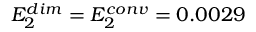
E _ { 2 } ^ { d i m } = E _ { 2 } ^ { c o n v } = 0 . 0 0 2 9 \